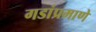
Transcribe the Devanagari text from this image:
गडांप्रमाणे